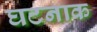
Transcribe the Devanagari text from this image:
घटनाक